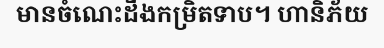
មានចំណេះដឹងកម្រិតទាប។ ហានិភ័យ